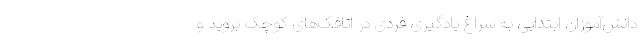
دانش‌آموزان ابتدایی به سراغ یادگیری فردی در اتاقک‌های کوچک بروید و